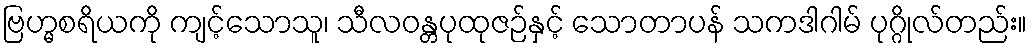
ဗြဟ္မစရိယကို ကျင့်သောသူ၊ သီလဝန္တပုထုဇဉ်နှင့် သောတာပန် သကဒါဂါမ် ပုဂ္ဂိုလ်တည်း။